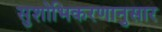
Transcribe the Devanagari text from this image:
सुशोभिकरणानुसार